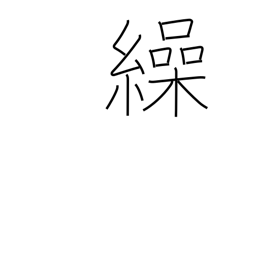
Meaning: refer to